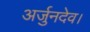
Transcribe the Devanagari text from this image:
अर्जुनदेव।